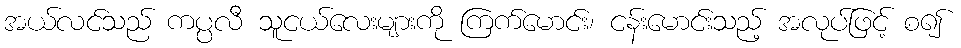
အယ်လင်သည် ကပ္ပလီ သူငယ်လေးများကို ကြက်မောင်း၊ ငန်းမောင်းသည့် အလုပ်ဖြင့် စ၍